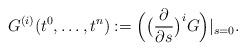
LaTeX: \begin{align*} G^{(i)}(t^0,\dots,t^n):= \Big(\big(\frac{\partial}{\partial s}\big)^i G\Big)|_{s=0}.\end{align*}